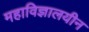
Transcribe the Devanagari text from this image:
महाविज्ञालयीन